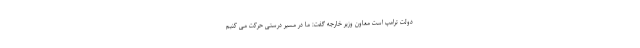
دولت ترامپ است معاون وزیر خارجه گفت: ما در مسیر درستی حرکت می کنیم